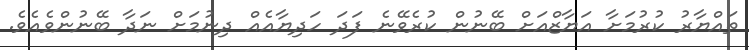
ތައްޔާރު ކުރުމަށާ އަޔާޒްއަށް ބޭނުން ކުރެވޭނެ ފަދަ ހަދިޔާއެއް ދިނުމަށް ނަދާ ބޭނުންވެއެވެ.